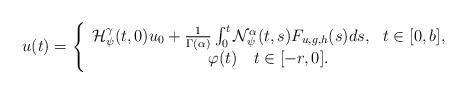
LaTeX: \begin{align*}u(t)=\left\{\begin{array}{c}\mathcal{H}_{\psi }^{\gamma }(t,0)u_{0}+\frac{1}{\Gamma (\alpha )}\int_{0}^{t}\mathcal{N}_{\psi }^{\alpha }(t,s)F_{u,g,h}(s)ds,\ \ t\in\lbrack 0,b], \\\varphi (t)\ \ \ t\in\lbrack -r,0].\end{array}\right. \end{align*}